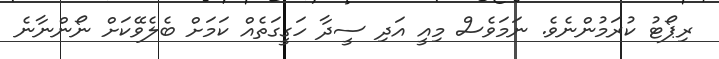
ރިޕޯޓު ކުރަމުންނެވެ. ނަމަވެސް މިއީ އަދި ސީދާ ހަގީގަތެއް ކަމަށް ބެލެވޭކަށް ނޯންނާނެ